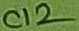
Text: C12